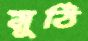
মুঠি